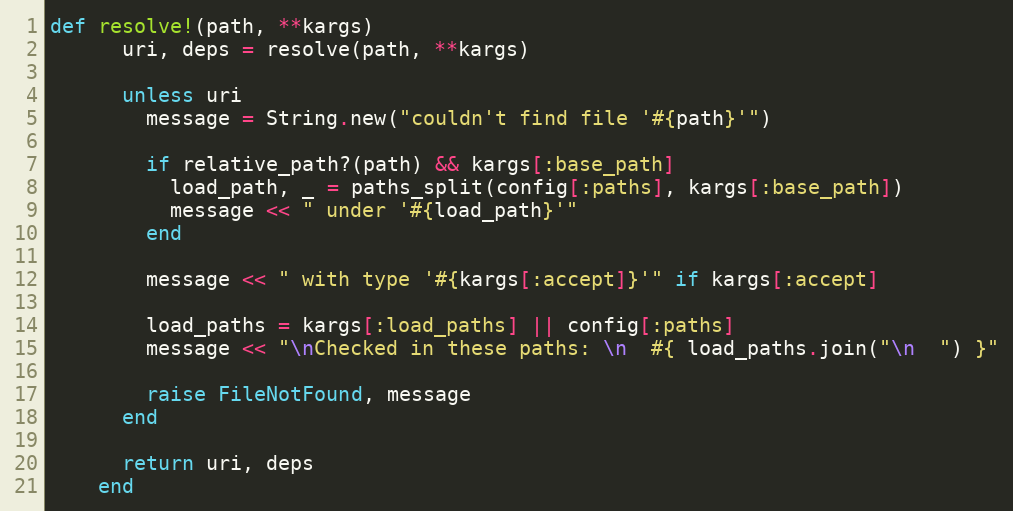
Language: Ruby
def resolve!(path, **kargs)
      uri, deps = resolve(path, **kargs)

      unless uri
        message = String.new("couldn't find file '#{path}'")

        if relative_path?(path) && kargs[:base_path]
          load_path, _ = paths_split(config[:paths], kargs[:base_path])
          message << " under '#{load_path}'"
        end

        message << " with type '#{kargs[:accept]}'" if kargs[:accept]

        load_paths = kargs[:load_paths] || config[:paths]
        message << "\nChecked in these paths: \n  #{ load_paths.join("\n  ") }"

        raise FileNotFound, message
      end

      return uri, deps
    end